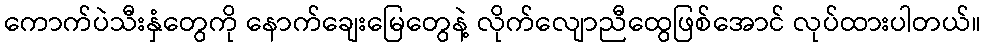
ကောက်ပဲသီးနှံတွေကို နောက်ချေးမြေတွေနဲ့ လိုက်လျောညီထွေဖြစ်အောင် လုပ်ထားပါတယ်။